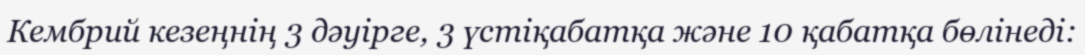
Кембрий кезеңнің 3 дәуірге, 3 үстіқабатқа және 10 қабатқа бөлінеді: